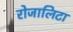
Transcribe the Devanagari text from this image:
रोजालिटा